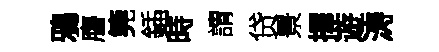
鴉譍筦鍤時謂贷景擇遊涛